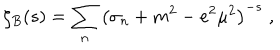
\zeta _ { B } ( s ) = \sum _ { n } \left( \sigma _ { n } + m ^ { 2 } - e ^ { 2 } \mu ^ { 2 } \right) ^ { - s } \; ,